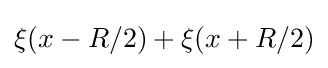
\xi (x-R/2)+\xi (x+R/2)